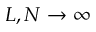
L , N \to \infty